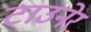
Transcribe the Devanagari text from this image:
टाउनेर